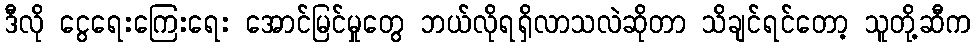
ဒီလို ငွေရေးကြေးရေး အောင်မြင်မှုတွေ ဘယ်လိုရရှိလာသလဲဆိုတာ သိချင်ရင်တော့ သူတို့ဆီက